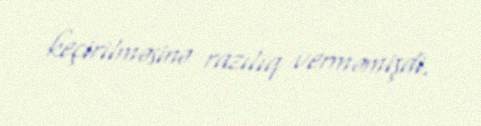
keçirilməsinə razılıq verməmişdi.